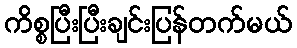
ကိစ္စပြီးပြီးချင်းပြန်တက်မယ်